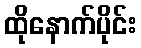
ထိုနောက်ပိုင်း